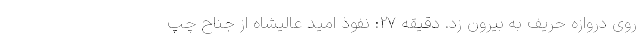
روی دروازه حریف به بیرون زد. دقیقه 27: نفوذ امید عالیشاه از جناح چپ